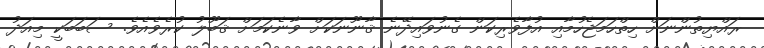
ރައްޔިތުންނަށް ހިތްހަމަޖެހުމާއި އުފާވެރިކަން ގެނުވައިދޭނެ ޤާނޫނަކަށް ވާނެކަމަށް ޤަބޫލު ކުރެވެއެވެ. ސަބަބަކީ މިއަދު